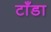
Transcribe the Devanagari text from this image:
टाँडा